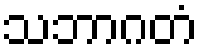
သဘာဂတံ